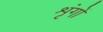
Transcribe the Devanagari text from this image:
शृंगों